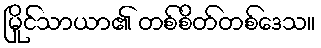
မြိုင်သာယာ၏ တစ်စိတ်တစ်ဒေသ။